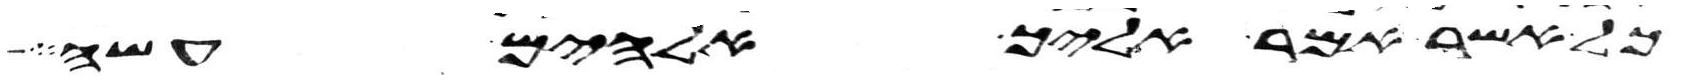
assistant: כל אשר אמר אליך אלהים עשה